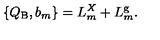
\{ Q _ { \mathrm { B } } , b _ { m } \} = L _ { m } ^ { X } + L _ { m } ^ { \mathrm { g } } .